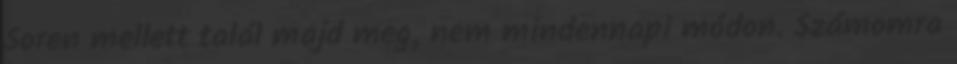
Soren mellett talál majd meg, nem mindennapi módon. Számomra